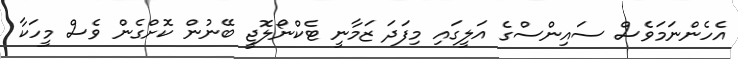
އެހެންނަމަވެސް ސައިންސްގެ އަލީގައި މިފަދަ ޒަމާނީ ޓެކްނޯލޮޖީ ބޭނުން ކޮށްގެން ވެސް މީހަކާ